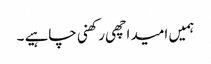
ہمیں امید اچھی رکھنی چاہیے ۔